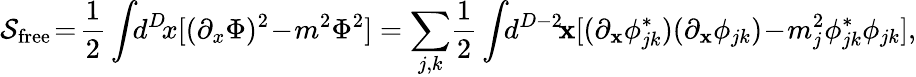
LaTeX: \mathcal{S}_{\mathrm{{free}}}\! =\! \frac{{1}}{{2}}\int\! \! d^{D}\! x[(\partial_{x}\Phi)^{2}\! -\! m^{2}\Phi^{2}]=\sum_{j,k}\! \frac{{1}}{{2}}\int\! \! d^{D-2}\! {\mathbf{x}}[(\partial_{\mathbf{x}}\phi_{jk}^{*})(\partial_{\mathbf{x}}\phi_{jk})\! -\! m_{j}^{2}\phi_{jk}^{*}\phi_{jk}],